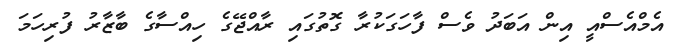
އެމްއެސްއީ އިން އަބަދު ވެސް ފާހަގަކުރާ ގޮތުގައި ރާއްޖޭގެ ހިއްސާގެ ބާޒާރު ފުރިހަމަ